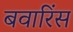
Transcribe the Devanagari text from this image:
बवारिंस